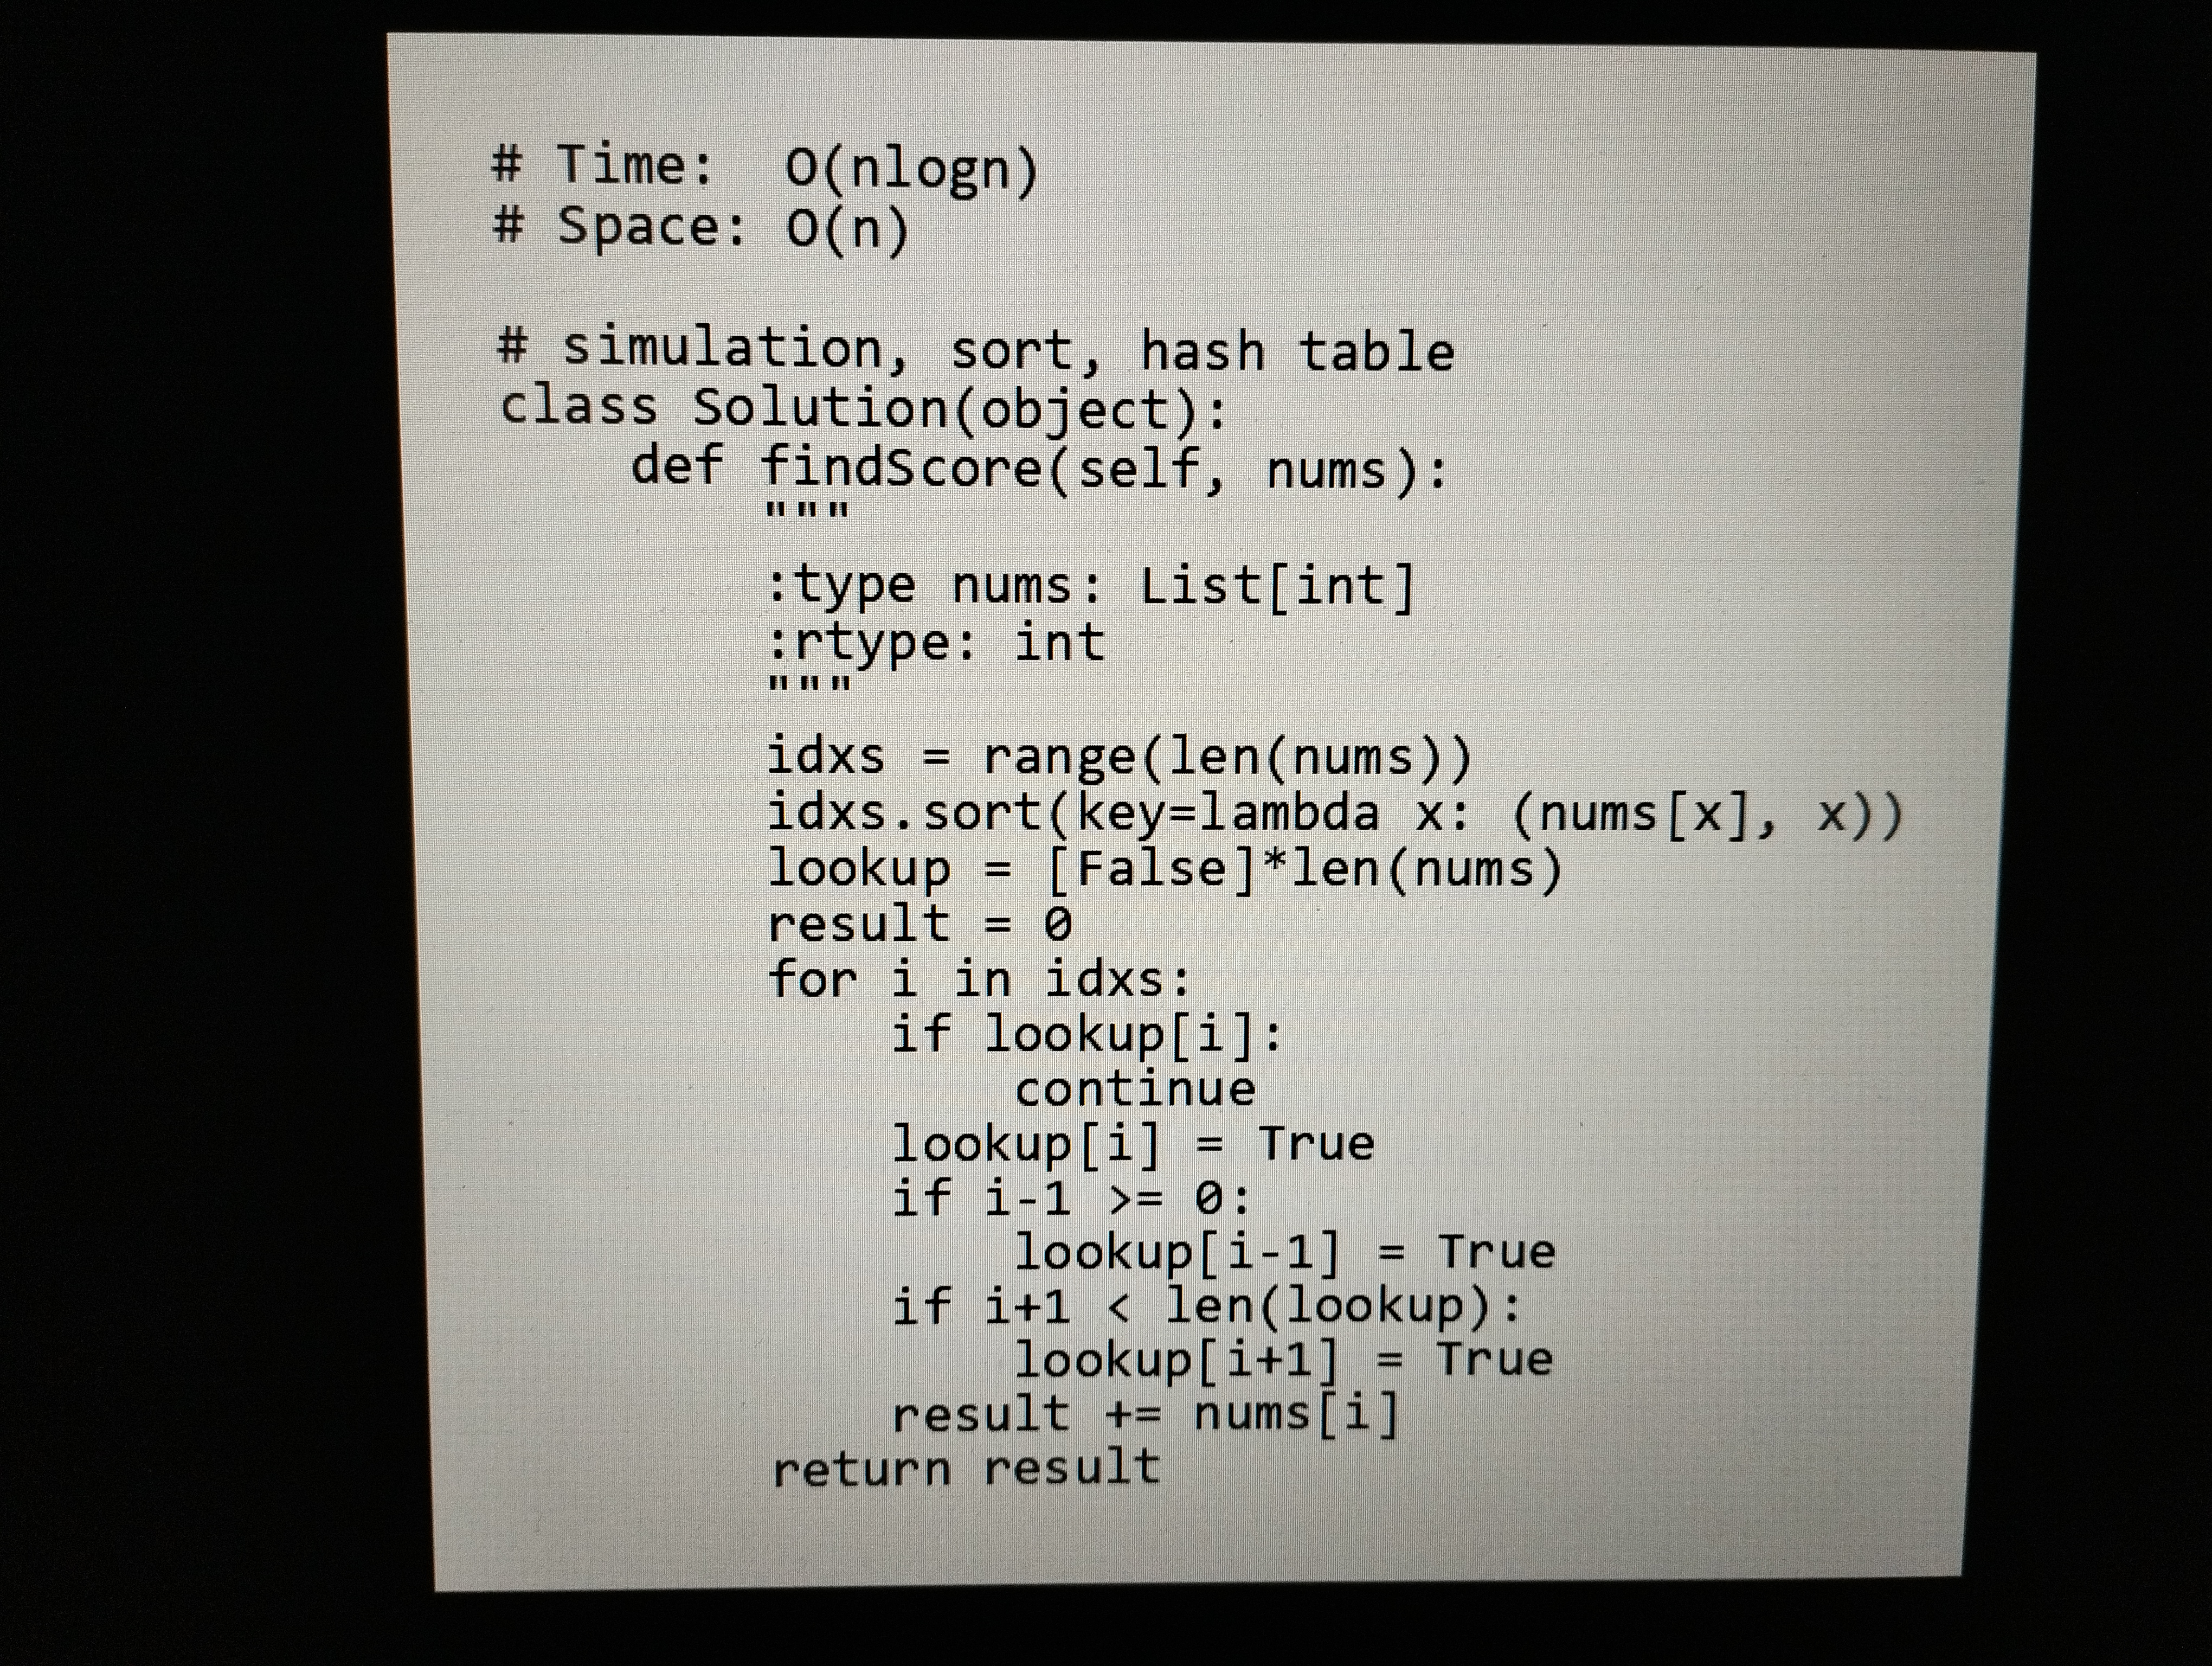
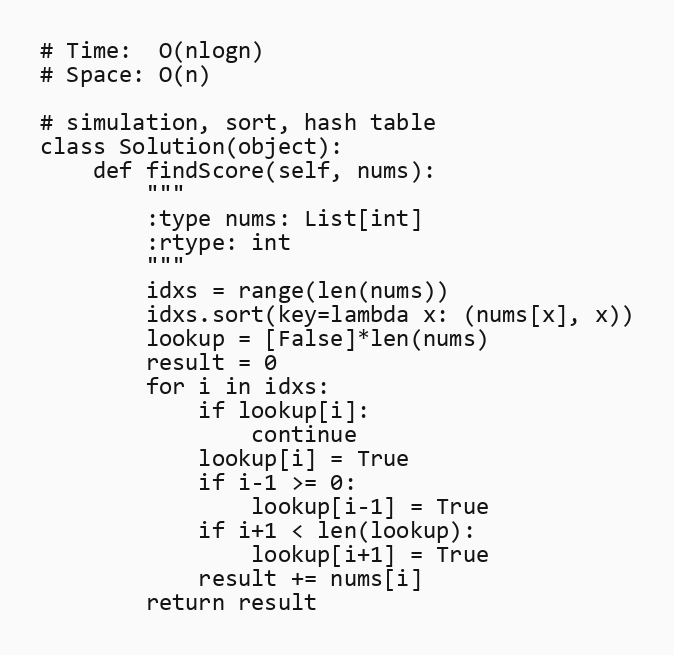
# Time:  O(nlogn)
# Space: O(n)

# simulation, sort, hash table
class Solution(object):
    def findScore(self, nums):
        """
        :type nums: List[int]
        :rtype: int
        """
        idxs = range(len(nums))
        idxs.sort(key=lambda x: (nums[x], x))
        lookup = [False]*len(nums)
        result = 0
        for i in idxs:
            if lookup[i]:
                continue
            lookup[i] = True
            if i-1 >= 0:
                lookup[i-1] = True
            if i+1 < len(lookup):
                lookup[i+1] = True
            result += nums[i]
        return result